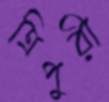
ত্রিপুরী